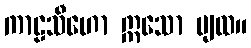
ကာဠသီဟော ဣသော ပျထ။